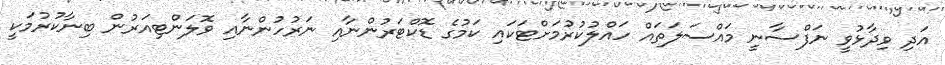
އަދި ވިދާޅުވީ ނަފްސާނީ މައްސަލަތައް ހައްލުކުރުމަށްޓަކައި ކަމުގެ ޑޮކްޓަރުންނާއި ނަރުހުންނާއި ވޮލަންޓިއަރުން ބިނާކުރުމަކީ